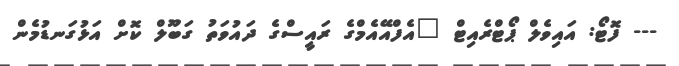
--- ފޮޓޯ: އައިވެލް ޕޯޓްރެއިޓް "އެފްއޭއެމްގެ ރައީސްގެ ދައުވަތު ގަބޫލް ކޮށް އަޅުގަނޑުމެން